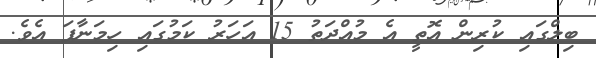
ބިލްގައި ކުރިން އޮތީ އެ މުއްދަތު 15 އަަހަރު ކަމުގައި ހިމަނާފަ އެވެ.